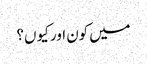
میں کون اور کیو ں؟